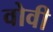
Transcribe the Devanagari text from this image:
वोवी